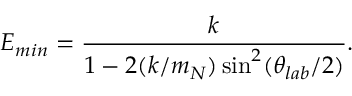
E _ { m i n } = { \frac { k } { 1 - 2 ( k / m _ { N } ) \sin ^ { 2 } ( \theta _ { l a b } / 2 ) } } .